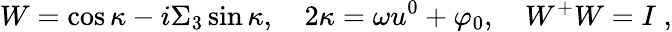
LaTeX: W=\cos\kappa-i\Sigma_{3}\sin\kappa,\quad 2\kappa=\omega u^{0}+\varphi_{0},\quad W^{+}W=I\; ,